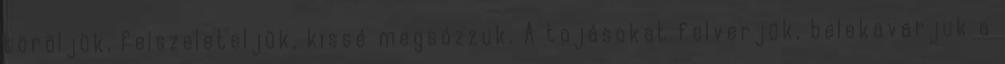
töröljük, felszeleteljük, kissé megsózzuk. A tojásokat felverjük, belekavarjuk a